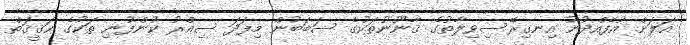
އަލަށް އުފެއްދުނު އިނގިރޭސިވިލާތުގެ ޤާނޫނުތަކުގެ ސަބަބުން މިފަދަ ސިއްރު ކުންފުނި ތަކުގެ ޙަޤީޤަތް